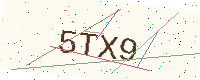
Text: 5TX9